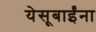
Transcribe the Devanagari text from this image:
येसूबाईंना